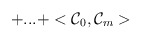
\begin{align*}+...+<{\cal C}_0,{\cal C}_m>\end{align*}